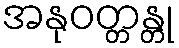
အနုဝတ္တန္တု